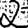
Digit: 2